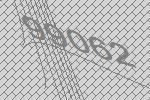
99062